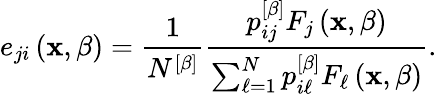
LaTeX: e_{ji}\left(\mathbf{x},\beta\right)=\frac{1}{N^{\left[\beta\right]}}\frac{p_{ij}^{\left[\beta\right]}F_{j}\left(\mathbf{x},\beta\right)}{\sum_{\ell=1}^{N}p_{i\ell}^{\left[\beta\right]}F_{\ell}\left(\mathbf{x},\beta\right)}.